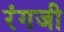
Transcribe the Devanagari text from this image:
रंगजी